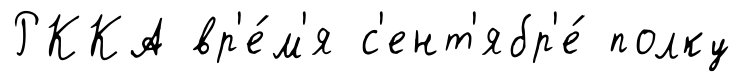
РККА вр'е́м'я с'ент'ябр'е́ полку